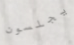
يجلسون